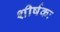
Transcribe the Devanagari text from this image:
शीर्षकः